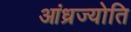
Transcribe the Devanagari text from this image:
आंध्रज्योति